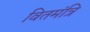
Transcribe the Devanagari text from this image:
वितमंत्रि